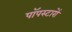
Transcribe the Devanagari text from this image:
पॉपस्टारों